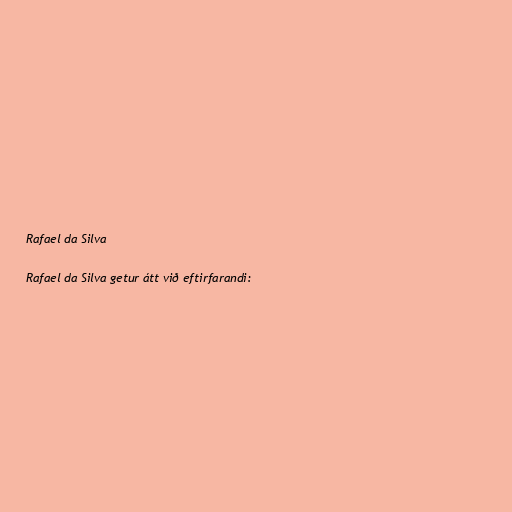
Rafael da Silva

Rafael da Silva getur átt við eftirfarandi: